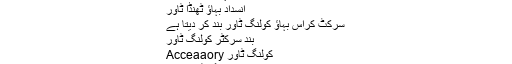
بند سرکٹ کراس بہاؤ کولنگ ٹاور
بند سرکٹ انسداد بہاؤ کولنگ ٹاور
بند سرکٹ کاؤنٹر بہاؤ کولنگ ٹاور
Closedcircuit انسداد بہاؤ کولنگ ٹاور
انسداد بہاؤ ٹھنڈا ٹاور
سرکٹ کراس بہاؤ کولنگ ٹاور بند کر دیتا ہے
بند سرکٹر کولنگ ٹاور
کولنگ ٹاور Acceaaory
کولنگ ٹاور آلات
سپیڈ کم کرنے والا
پاور سازوسامان
چلر